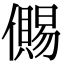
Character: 儩